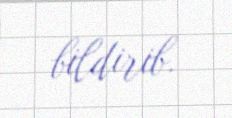
bildirib.